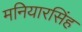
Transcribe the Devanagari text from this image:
मनियारसिंह